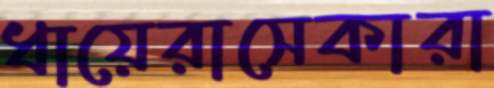
ধায়েরাসেকারা